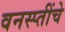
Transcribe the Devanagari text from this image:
वनस्प्तींचे